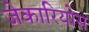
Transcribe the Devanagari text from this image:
जेकारियोस